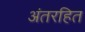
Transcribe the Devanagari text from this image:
अंतरहित